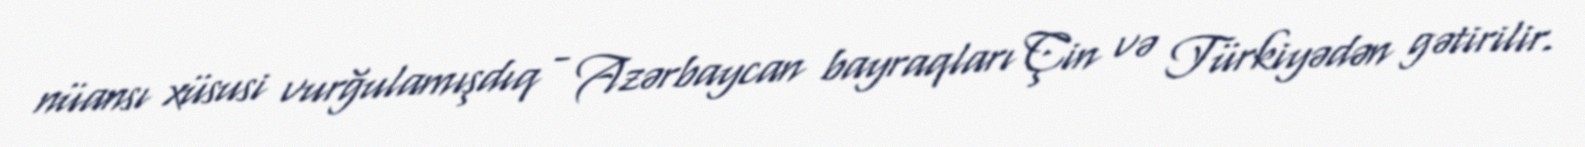
nüansı xüsusi vurğulamışdıq - Azərbaycan bayraqları Çin və Türkiyədən gətirilir.